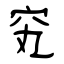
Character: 䆒